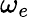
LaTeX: \omega_{e}